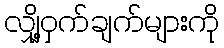
လျှို့ဝှက်ချက်များကို